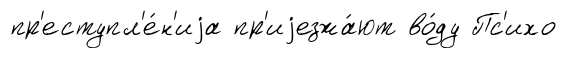
пр'еступл'е́н'иjа пр'иjезжа́ют во́ду Пс'ихо